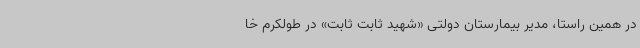
در همین راستا، مدیر بیمارستان دولتی «شهید ثابت ثابت» در طولکرم خا